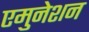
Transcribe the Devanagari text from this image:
एमुनेशन